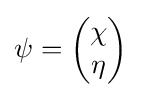
\psi ={\begin{pmatrix}\chi \\\eta \end{pmatrix}}